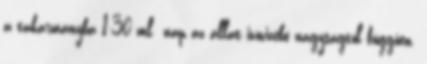
a takarmányba 1-30 ml nap az állat ivóvizébe nagyságtól függően.